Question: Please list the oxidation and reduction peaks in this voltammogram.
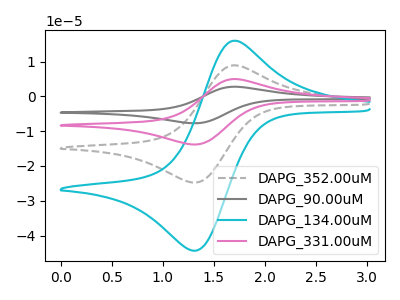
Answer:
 <answer>The gray dashed curve "DAPG_352.00uM" has an anodic peak at (1.70V, 8.90uA) and a cathodic peak at (1.30V, -24.80uA). The gray curve "DAPG_90.00uM" has an anodic peak at (1.70V, 26.75uA) and a cathodic peak at (1.30V, -74.35uA). The cyan curve "DAPG_134.00uM" has an anodic peak at (1.70V, 15.95uA) and a cathodic peak at (1.30V, -44.40uA). The pink curve "DAPG_331.00uM" has an anodic peak at (1.70V, 17.85uA) and a cathodic peak at (1.30V, -49.55uA).</answer>
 <eval></eval>